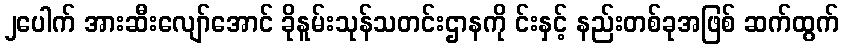
၂ပေါက် အားဆီးလျော်အောင် ခိုနူမ်းသုန်သတင်းဌာနကို င်းနှင့် နည်းတစ်ခုအဖြစ် ဆက်ထွက်